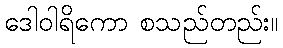
ဒေါဝါရိကော စသည်တည်း။